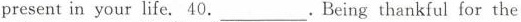
present in your life. 40._________.Being thankful for the